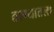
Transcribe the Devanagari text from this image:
ठाण्यातला